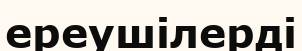
ереушілерді